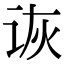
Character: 诙